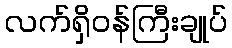
လက်ရှိဝန်ကြီးချုပ်